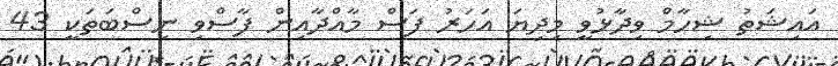
އައިޝަތު ޝިހާމް ވިދާޅުވީ މިދިޔަ އަހަރު ފަސް މާއްދާއިން ފާސްވި ނިސްބަތަކީ 43